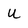
Character: u